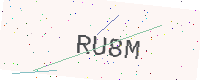
Text: RU8M